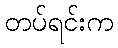
တပ်ရင်းက